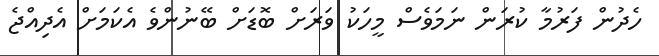
ހެދުން ފަރުމާ ކުރަން ނަމަވެސް މީހަކު ވަރަށް ބޮޑަށް ބޭނުންވެ އެކަމަށް އެދިއްޖެ